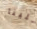
علينا